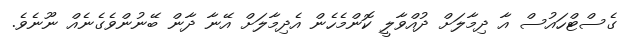
ގެސްޓްހައުސް އާ ދިމާލަށް ދުއްވާލީ ކޮންމެހެން އެދިމާލަށް އޭނާ ދާން ބޭނުންވެގެނެއް ނޫނެވެ.